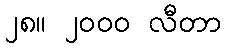
၂၈။ ၂၀၀၀ လီတာ